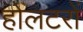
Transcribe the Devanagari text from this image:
होलटरों